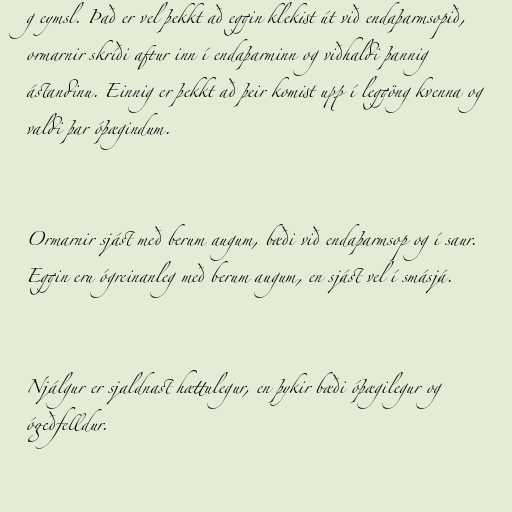
g eymsl. Það er vel þekkt að eggin klekist út við endaþarmsopið,
ormarnir skríði aftur inn í endaþarminn og viðhaldi þannig
ástandinu. Einnig er þekkt að þeir komist upp í leggöng kvenna og
valdi þar óþægindum.

Ormarnir sjást með berum augum, bæði við endaþarmsop og í saur.
Eggin eru ógreinanleg með berum augum, en sjást vel í smásjá.

Njálgur er sjaldnast hættulegur, en þykir bæði óþægilegur og
ógeðfelldur.